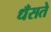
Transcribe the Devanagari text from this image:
धँसते